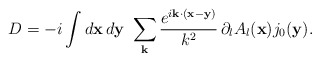
\begin{align*}D = -i\int{}d{\bf x}\,d{\bf y}\ \sum_{\bf k}\frac{e^{i{\bf k\cdot (x - y)}}}{k^2}\,\partial_l A_l({\bf x})j_0({\bf y}).\end{align*}